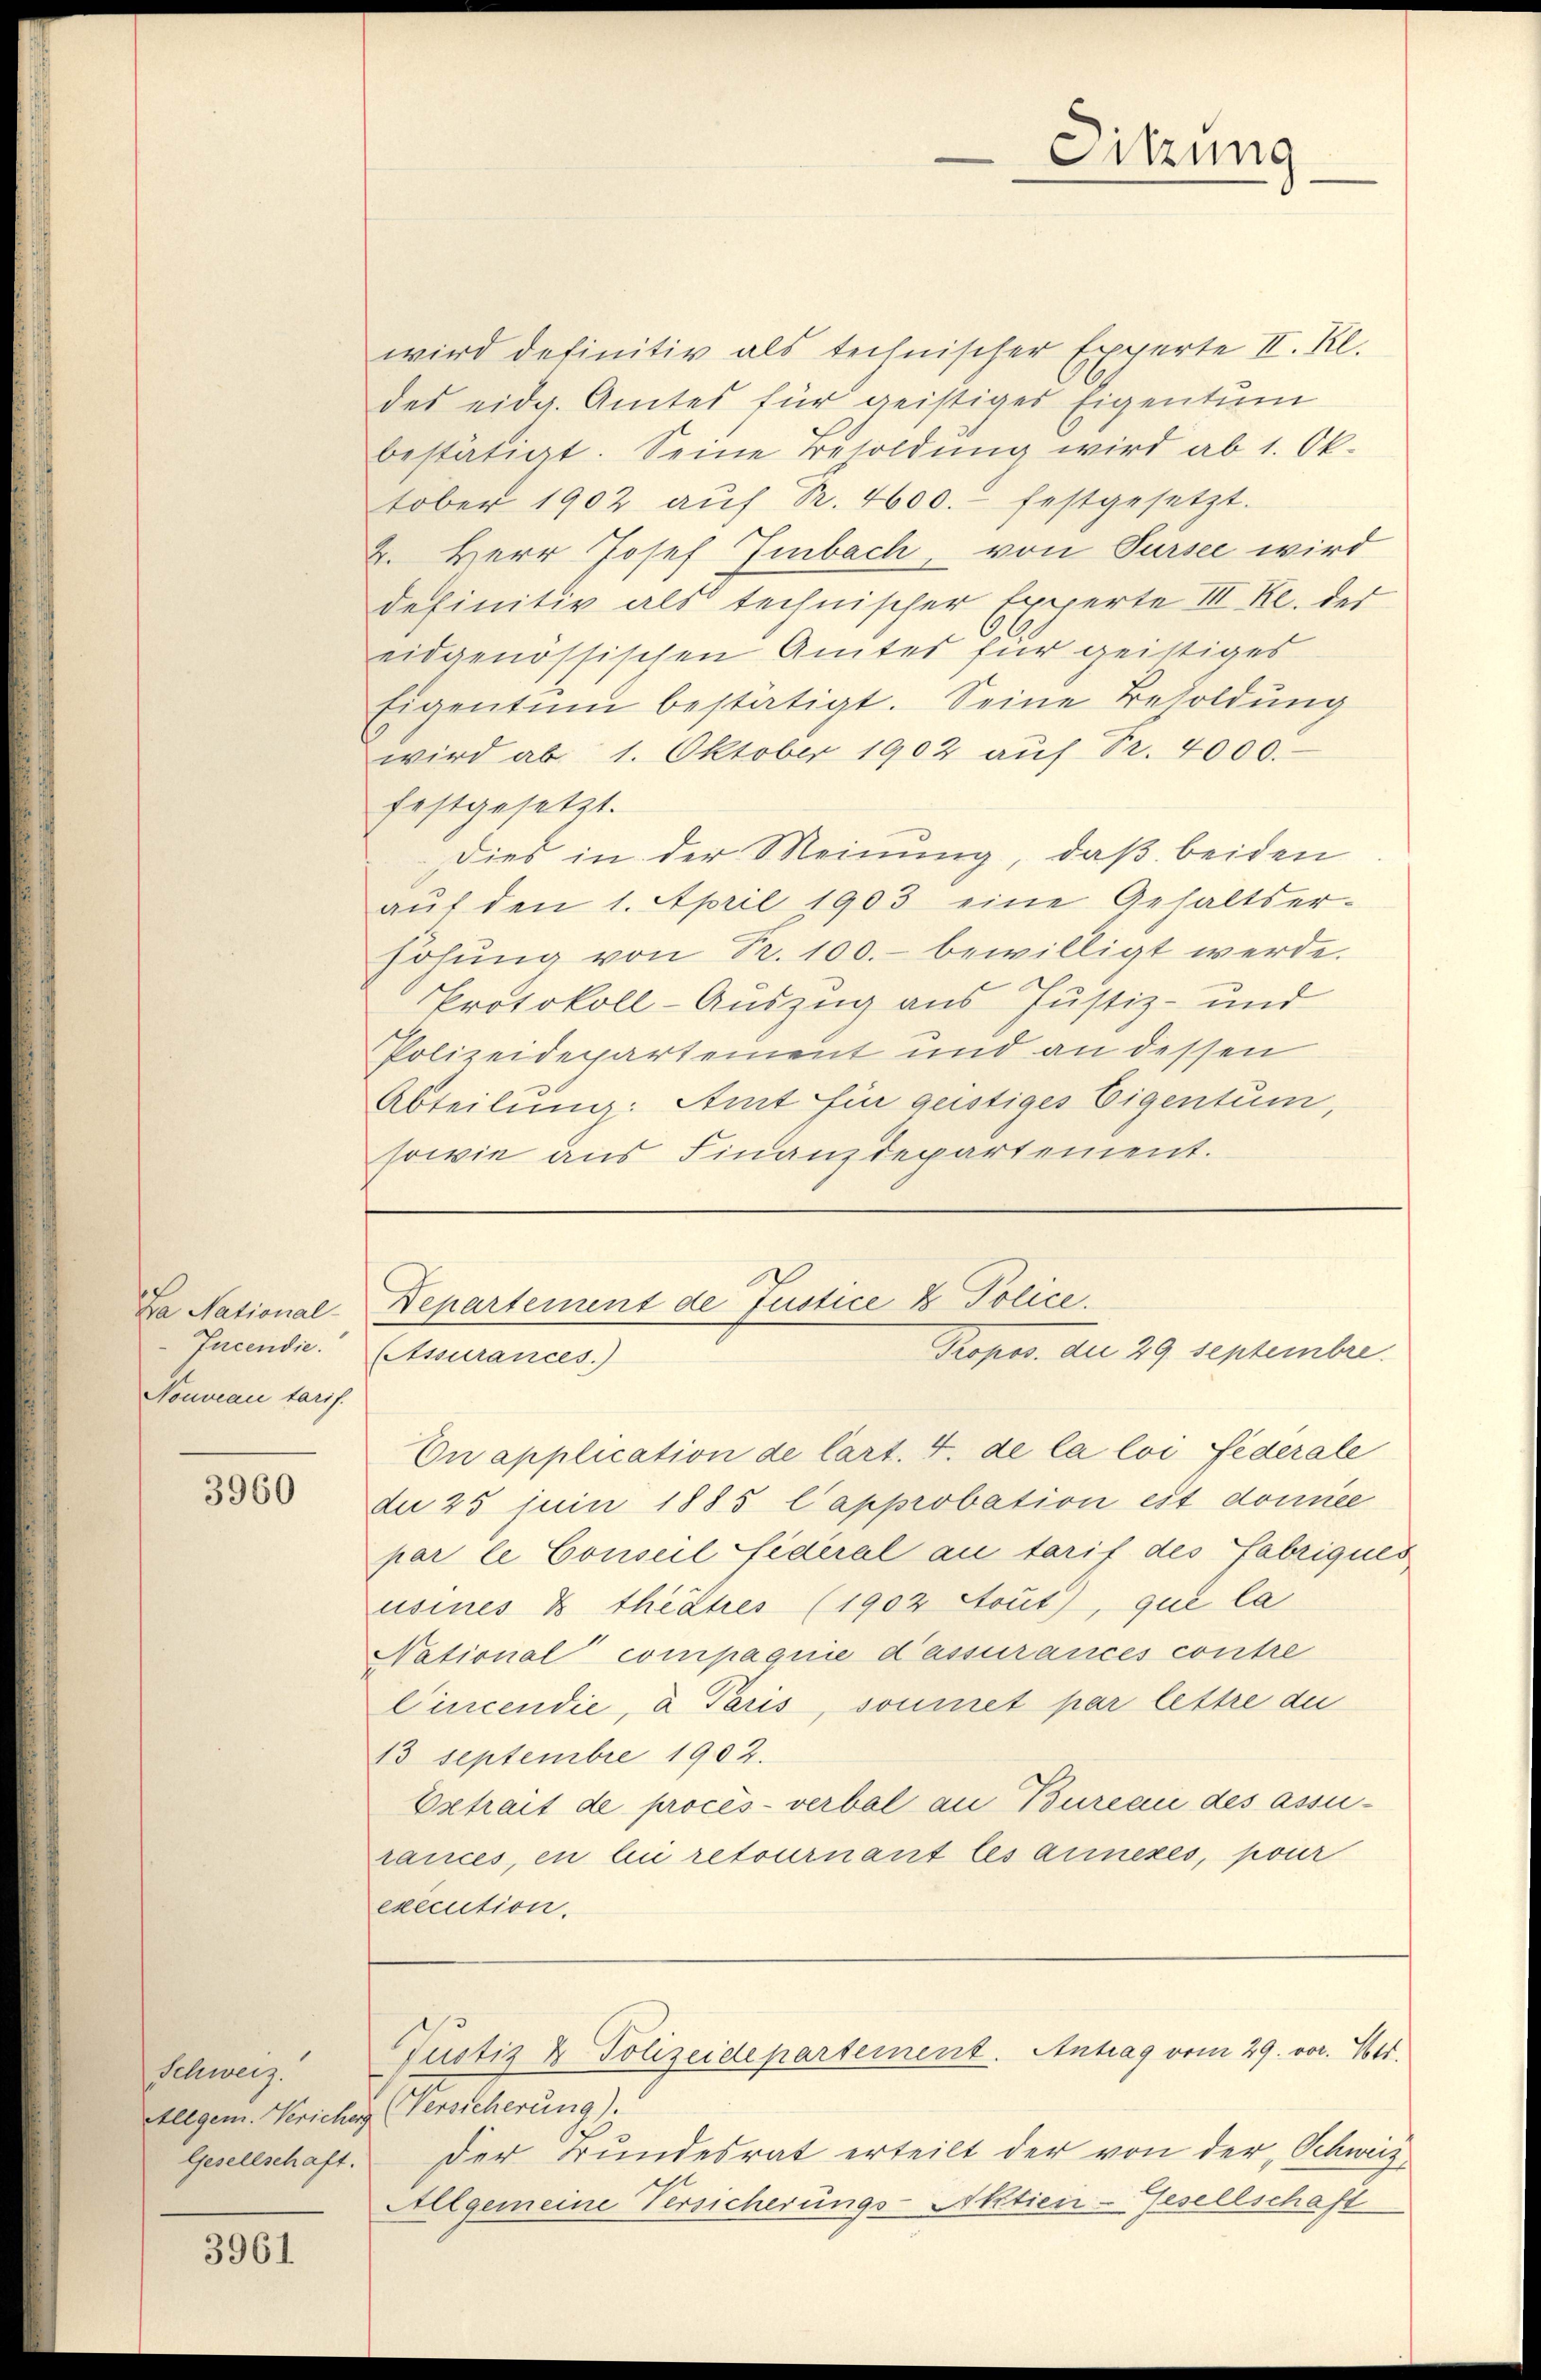
Da National-
Incendie.
Nouveau tarif.

3960

Schweiz.

3961

wird definitiv als technischer Experte II. Kl.
des eidg. Amtes für geistiges Eigentum
bestätigt. Seine Besoldŭng wird ab 1. Ok-
tober 1902 aŭf Pr. 4600.- festgesetzt.
2. Herr Josef Imbach, von Sursee wird
definitiv als technischer Experte III Kl. der
eidgenössischen Amtes für geistiges
Eigentum bestätigt. Seine Besoldung
wird ab 1. Oktober 1902 auf Pr. 4000.
festgesetzt.
Dies in der Meinung, daß beiden
aŭf den 1. April 1903 eine Gehaltser-
höhŭng von Fr. 100.- bewilligt werde.
Protokoll-Auszug aus Justiz- und
Polizeidepartement und an dessen
Abteilung: Amt für gestiges Eigentum,
sowie aus Finanzdepartement.

On application de Cart. 4. de la loi féderale
du 25 juin 1885 Capprobation est domice
par le Conseil fédéral an tarif des Fabriques
usines & theates (1902 Aout), que la
National compagnie d’assurances contre
Cincendie, a Paris, soumet par lettre du
13 Septembre 1902.
Betrait de procès-verbal an Bureau des assurances, en lui retournant les annexes, pour
execution.
Justiz & Polizeidepartement. Antrag vom 29. vor. 765.
Allgem. Vericher (Versicherung).
Gesellschaft. Der Bundesrat erteilt der von der „Schweiz,
Allgemeine Versicherungs-Aktien-Gesellschaft

Sitzung

Departement de Justice & Police.
Propos. die 29 septembre.
(Assurances.)